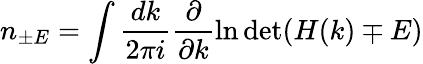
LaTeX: n_{\pm E}=\int\frac{dk}{2\pi i}\frac{\partial}{\partial k}\ln\operatorname*{det}(H(k)\mp E)